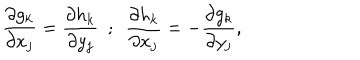
\frac { \partial g _ { k } } { \partial x _ { j } } = \frac { \partial h _ { k } } { \partial y _ { j } } \, \, \, ; \, \, \, \frac { \partial h _ { k } } { \partial x _ { j } } = - \frac { \partial g _ { k } } { \partial y _ { j } } ,